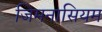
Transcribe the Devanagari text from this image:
जिमनासियम